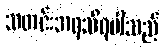
သတင်းအရသိရပါသည်